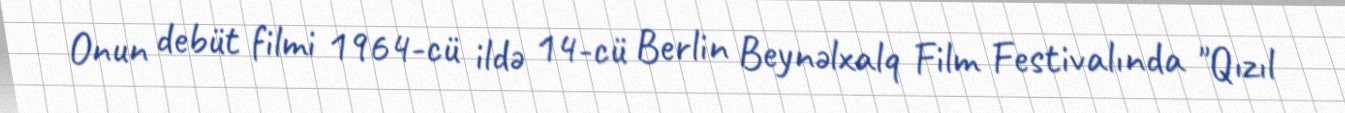
Onun debüt filmi 1964-cü ildə 14-cü Berlin Beynəlxalq Film Festivalında "Qızıl